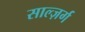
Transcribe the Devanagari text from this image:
साल्ज़र्ग